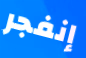
إنفجر